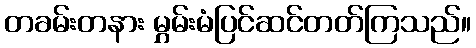
တခမ်းတနား မွှမ်းမံပြင်ဆင်တတ်ကြသည်။